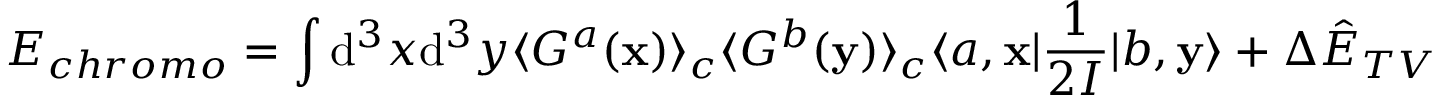
E _ { c h r o m o } = \int \mathrm { d } ^ { 3 } x \mathrm { d } ^ { 3 } y \langle { \cal G } ^ { a } ( { \bf x } ) \rangle _ { c } \langle { \cal G } ^ { b } ( { \bf y } ) \rangle _ { c } \langle a , { \bf x } | \frac { 1 } { 2 { \cal I } } | b , { \bf y } \rangle + \Delta { \hat { E } } _ { T V }